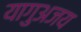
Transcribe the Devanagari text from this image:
यागुअजय